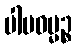
ပါပဓမ္မဉ္စ